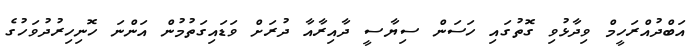
އަބްދުއްރަހީމް ވިދާޅުވި ގޮތުގައި ހަސަން ސިޔާސީ ދާއިރާއާ ދުރަށް ވަޑައިގަތުމުން އަންނަ ހޮނިހިރުދުވަހުގެ